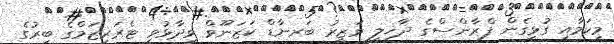
މިކަމާއި ގުޅިގެން ފްރާންސްގެ ދާޚިލީ ވަޒީރު ބަރނާޑް ކަޒަނޫވް ވިދާޅުވީ ޓެރަރިޒަމްގެ ބިރުގެ